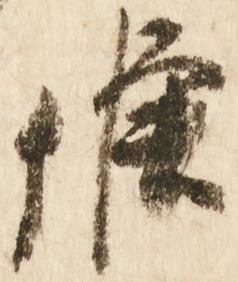
候